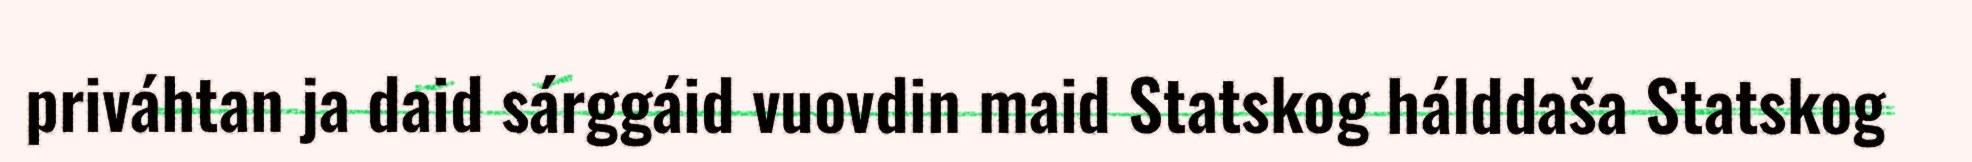
priváhtan ja daid sárggáid vuovdin maid Statskog hálddaša Statskog